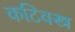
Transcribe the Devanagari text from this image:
कटिवस्त्र